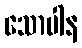
သောပါန